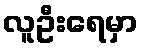
လူဦးရေမှာ